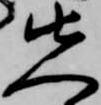
先